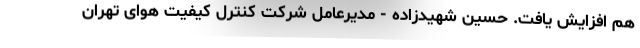
هم افزایش یافت. حسین شهیدزاده - مدیرعامل شرکت کنترل کیفیت هوای تهران